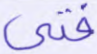
فتى